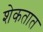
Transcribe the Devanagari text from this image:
शेकतात